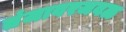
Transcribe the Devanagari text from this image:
तंजावरजवळ